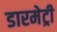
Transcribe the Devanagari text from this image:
डारमेट्री